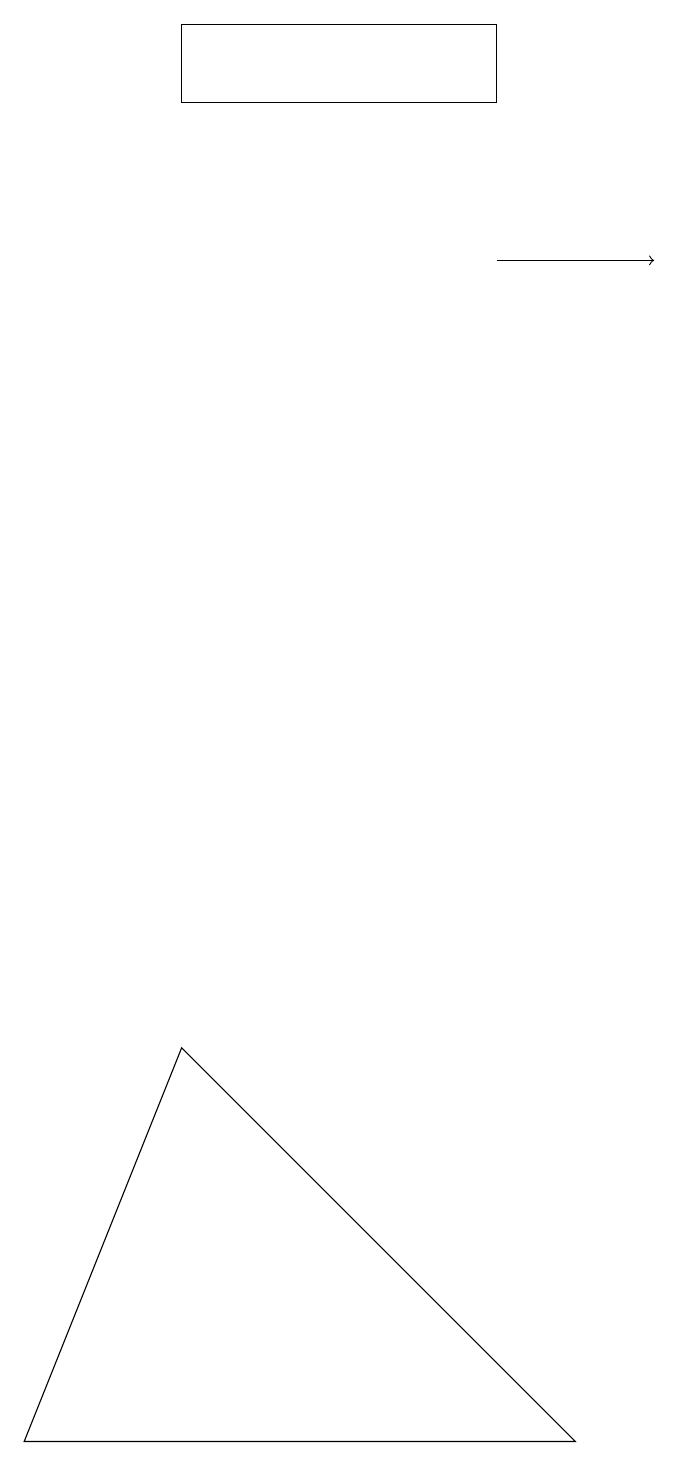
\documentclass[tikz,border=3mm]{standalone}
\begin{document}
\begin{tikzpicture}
\draw (2,19) rectangle (6,18);
\draw (0,1) -- (2,6) -- (7,1) -- cycle;
\draw[->] (6,16) -- (8,16);
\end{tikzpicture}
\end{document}